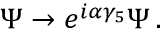
\Psi \rightarrow e ^ { i \alpha \gamma _ { 5 } } \Psi \, .